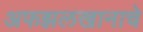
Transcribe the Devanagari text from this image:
अफझलखानाचे